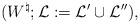
LaTeX: \begin{align*}(W^{\natural}; \mathcal{L} := \mathcal{L}' \cup \mathcal{L}''),\end{align*}